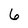
Character: 6